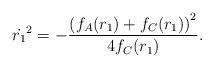
LaTeX: \begin{align*}\dot{r_1}^2 = - \frac{\left(f_A(r_1) + f_C(r_1)\right)^2}{4f_C(r_1)}.\end{align*}